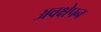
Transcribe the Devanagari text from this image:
अवक्षेपन